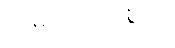
ကံမကောင်းစွာပဲ၊